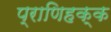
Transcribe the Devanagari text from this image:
प्राणिहक्क